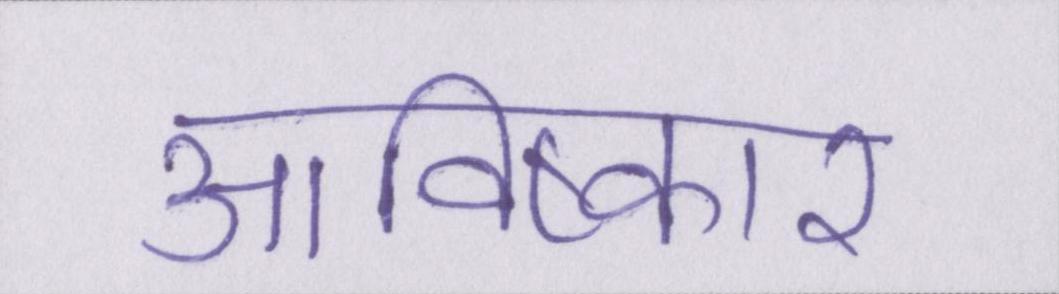
आविष्कार